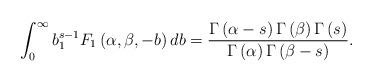
LaTeX: \begin{align*}\int_{0}^{\infty }b^{s-1}_{1}F_{1}\left( \alpha ,\beta ,-b\right) db=\frac{\Gamma \left( \alpha -s\right) \Gamma \left( \beta \right) \Gamma\left( s\right) }{\Gamma \left( \alpha \right) \Gamma \left( \beta -s\right) }. \end{align*}